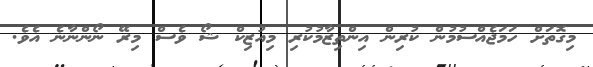
މިގޮތަށް ހަމަޖެއްސުމުން ކުރިން އިންތިޒާމުކުރި މިއުޒިކް ޝޯ ވެސް މިރޭ ނޯންނާނެ އެވެ.